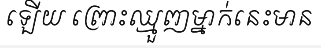
ឡើយ ព្រោះឈ្មួញម្នាក់នេះមាន